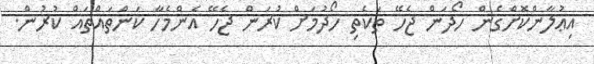
އިޢުލާންކޮށްގެން ހޯދަން ޖެހޭ ތަކެތި ހޯދުމަށް ކުރަން ޖެހޭ އެންމެހާ ކަންތައްތައް ކުރުން.